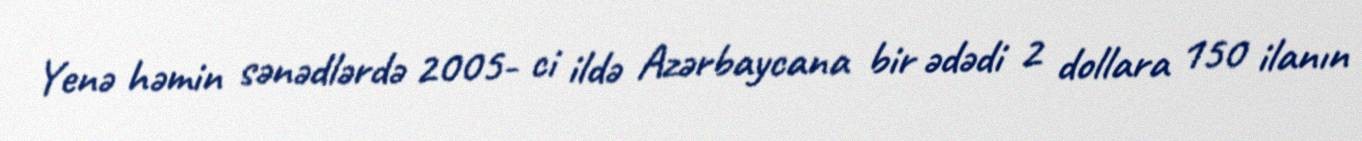
Yenə həmin sənədlərdə 2005- ci ildə Azərbaycana bir ədədi 2 dollara 150 ilanın